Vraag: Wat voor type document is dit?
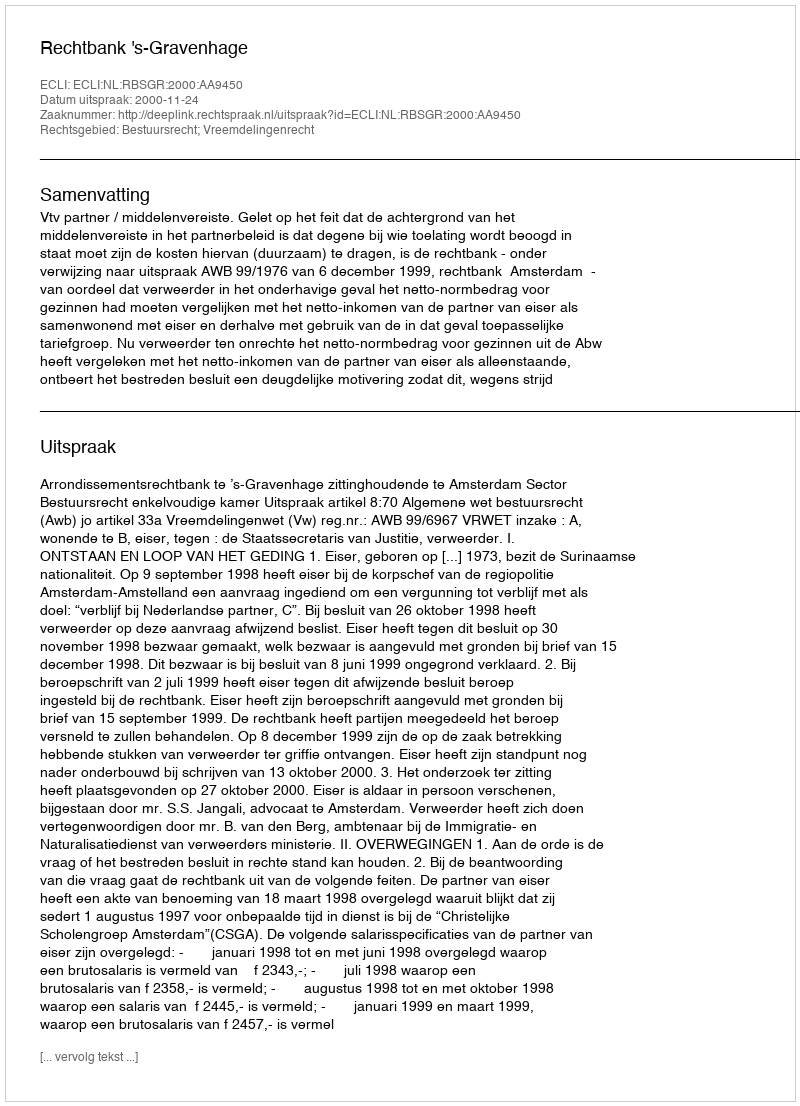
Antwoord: Uitspraak